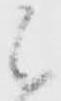
候